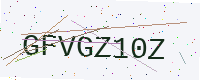
Text: GFVGZ10Z